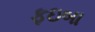
ફઇબા